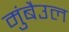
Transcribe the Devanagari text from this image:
मुंबैउल